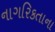
નાગરિકતાના